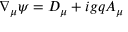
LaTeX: \nabla _ { \mu } \psi = D _ { \mu } + i g q A _ { \mu }